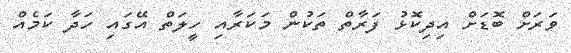
ވަރަށް ބޮޑަށް އިދިކޮޅު ފަރާތް ތަކުން މަކަރާއި ހީލަތް އޭގައި ހަދާ ކަމެއް